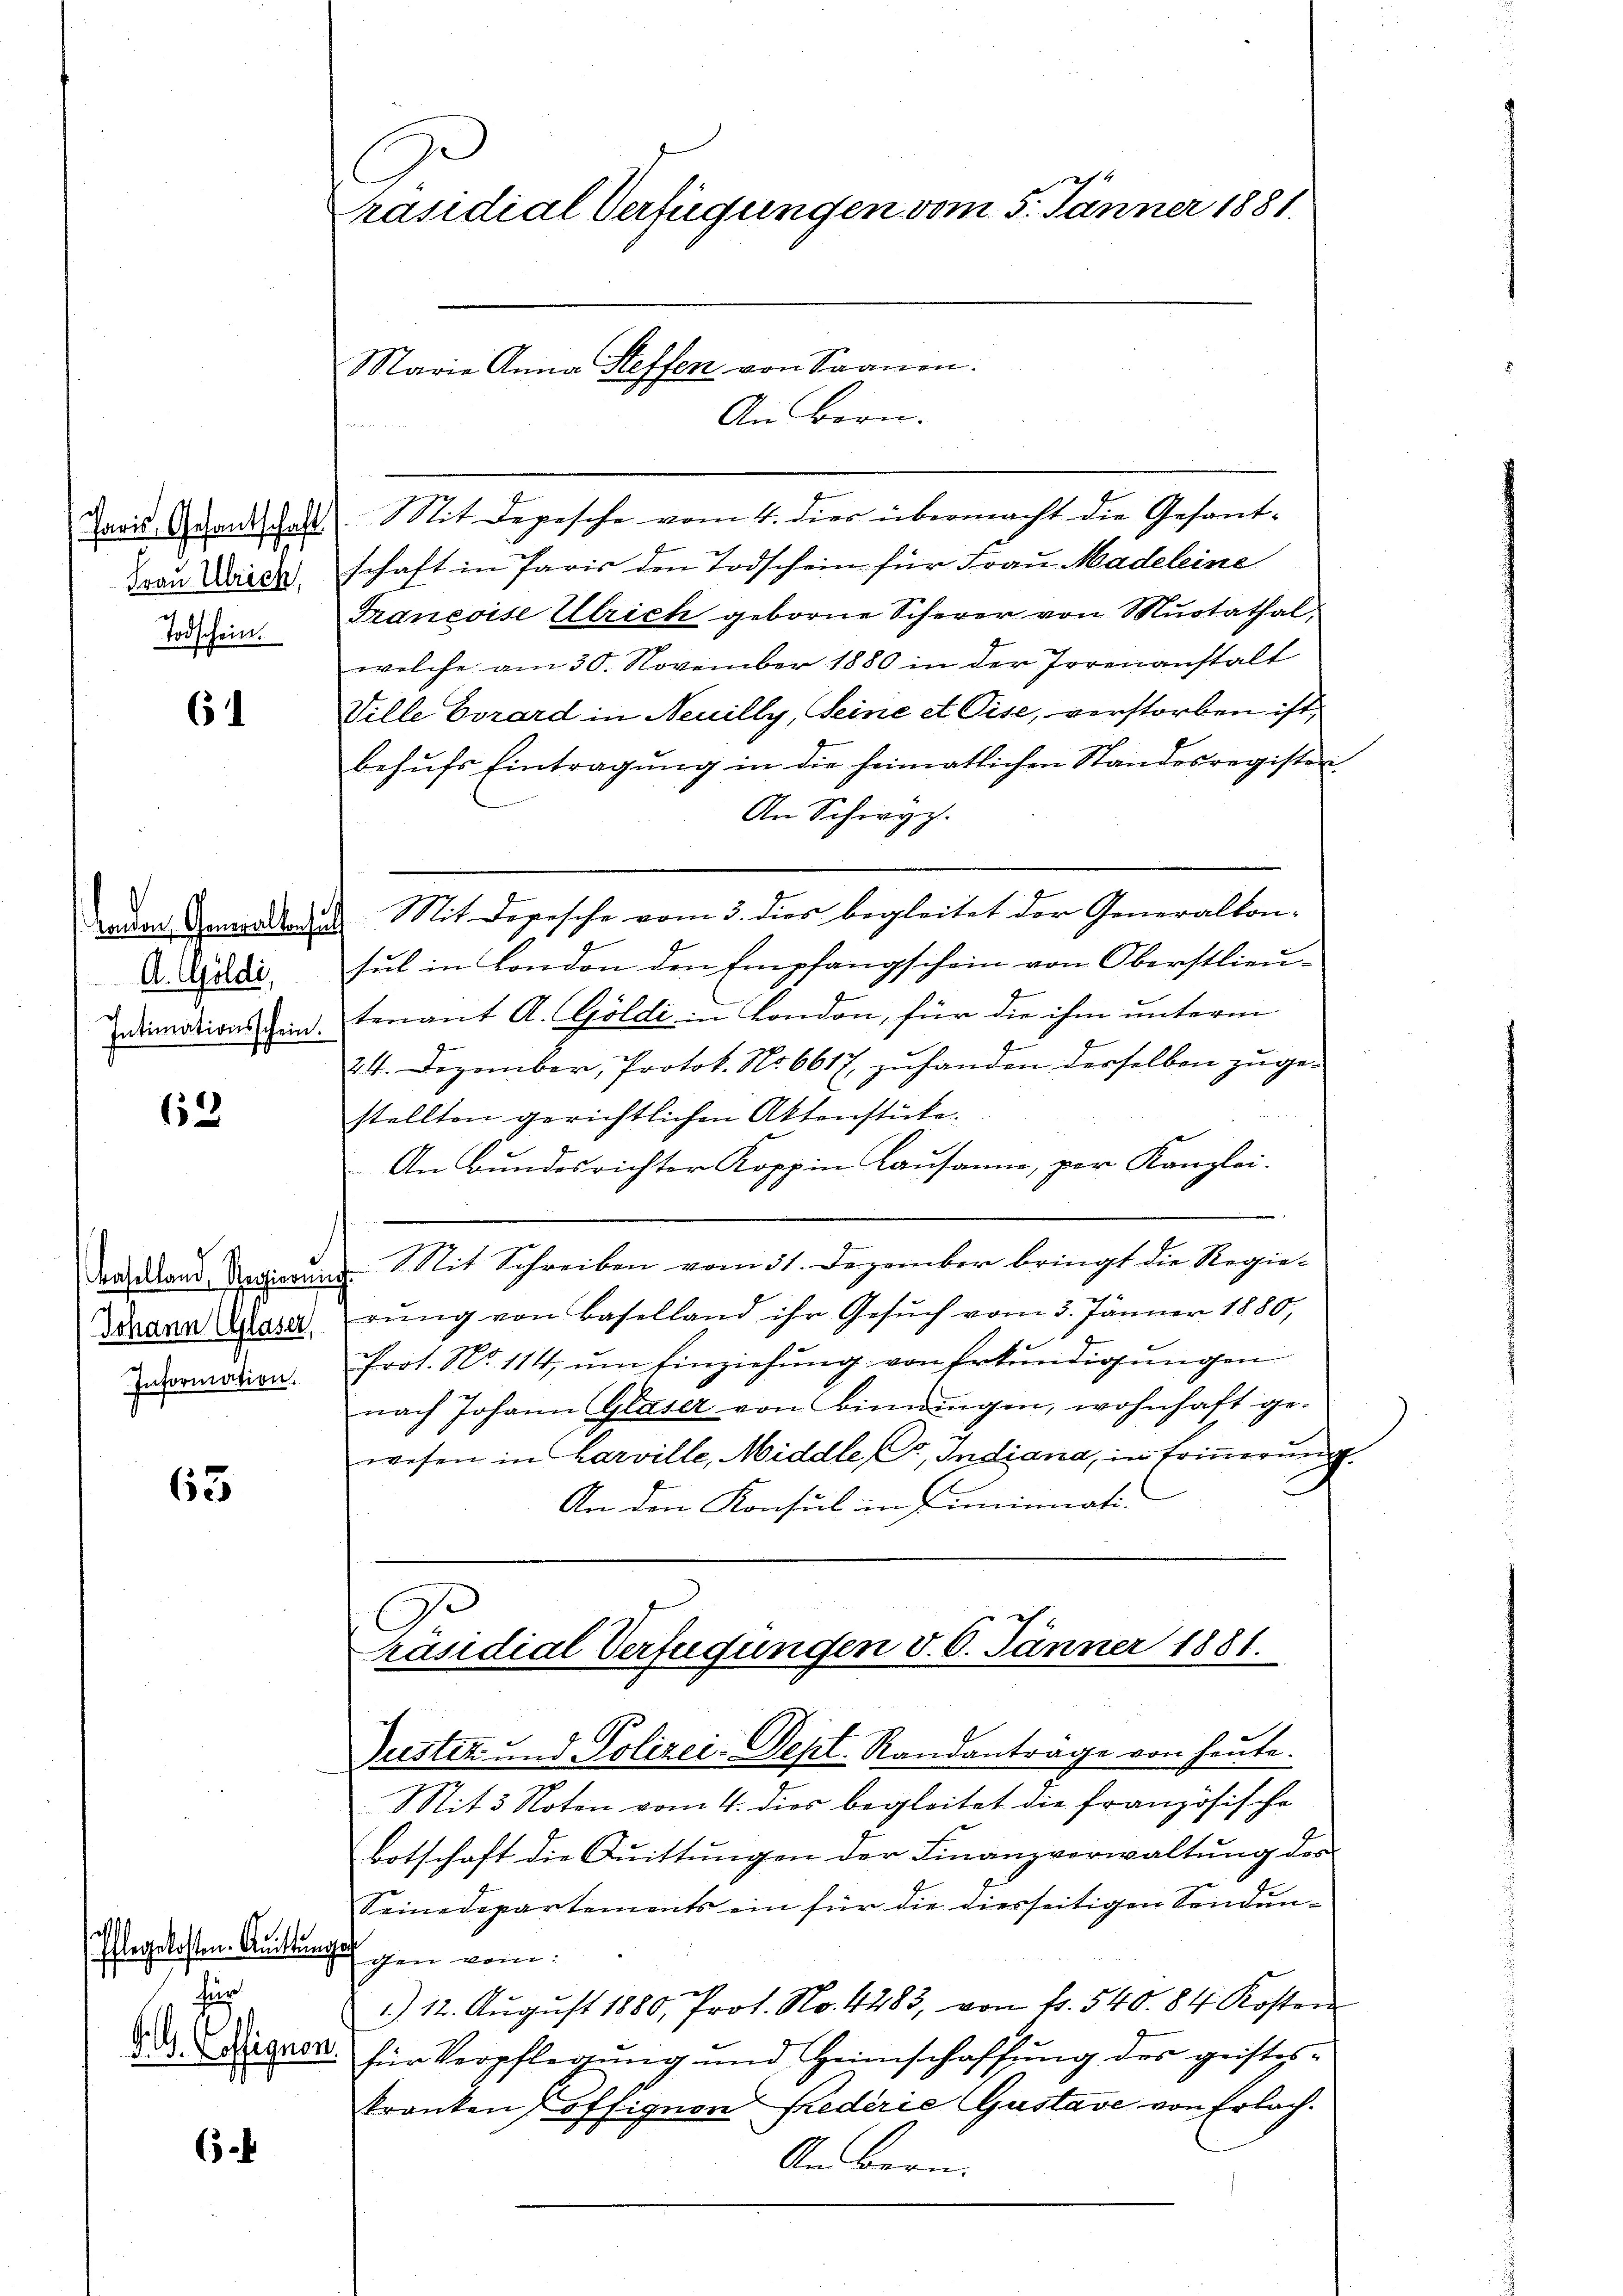
7
Frau Ulrich,
Todschein.

61

kanen Gemaltenhalt
A. Goldi,

62

Johann Glaser,
Information.

63

Pflegelosten. Quittung
i
S.. offignen

65.

Präsidial-Verfügungen vom 5. Jänner 1881.
Maria Anna Steffen von Saanen.
An Bern.

aausandt hat. Mit Depesche vom 4. dies übermacht die Gesant-
schaft in Paris den Todschein für Frau Madeleine
Franeoise Ulrich geborne Scherer von Mŭotathal,
welche am 30. November 1880 in der Irrenanstalt
Ville Vorard in Neuilly, Seine et Pise, verstorben ist,
behŭfs Eintragung in die heimatlichen Standesregister
An Schwyz.
Mit Dopesche vom 3. dies begleitet der Generalkon-
sul in London den Empfangschein von Oberstlieu-
dimations sein. tenant A. Göldi in London, für die ihm unterm
24. Dezember, Protok. No 6617 zuhanden derselben zugestellten gerichtlichen Aktenstücke.
An Bundesrichter Koppin Lausanne, per Kanzlei.
Daselland Regierung. Mit Schreiben vom 31. Dezember bringt die Regierung von Baselland ihr Gesuch vom 3. Jänner 1880,
Prot. No. 114, ŭm Einziehŭng von Erkŭndigŭngen
nach Johann Glaser von Biningen, wohnhaft ge-
wesen in Harville, Middle Er, Indiana, in Erinnerung.
An den Konsul in diminati¬

räsidial Verfügungen d. 6. Jänner 1881.

Prestiz u. d. Polizei- Sept. Randantrage von heute.
Mit 3 Noten vom 4. dies begleitet die französische
Botschaft die Quittungen der Finanzverwaltung des
Seinedepartements ein für die diesseitigen Sendungen vom
.) 12. Aŭgŭst 1880, Prot. No. 4283, von fr. 540. 84 Kosten
für Verpflegung und Heimschaffung des geisteskranken offignon Frederie Gustave von Erlach.
An Bern.